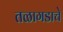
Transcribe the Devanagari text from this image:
तळागडाचे